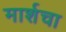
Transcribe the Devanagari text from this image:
मार्शचा